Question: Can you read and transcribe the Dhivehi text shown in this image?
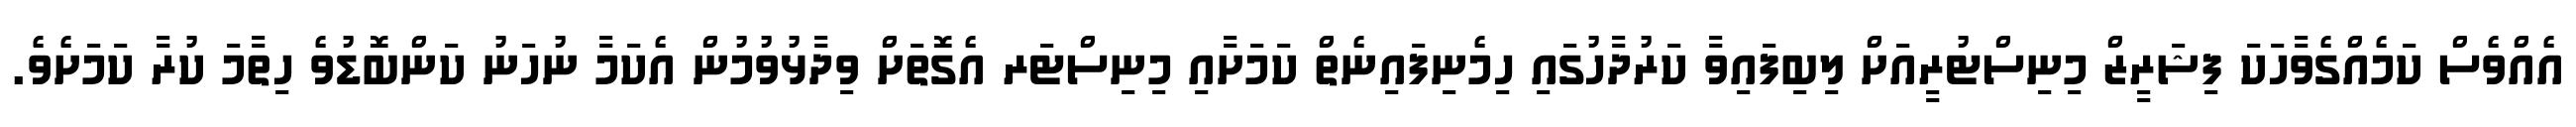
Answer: އެއްވެސް ކަމެއްގެވާހަކަ ފިޝަރީޒް މިނިސްޓުރީއަށް ލިބިފައިވާ ކަރުދާހުގައި ހިމެނިފައިނެތް ކަމަށާއި މިނިސްޓަރ އެގޮތަށް ވިދާޅުވުމުން އެކަމާ ނުހަނު ކަންބޮޑުވެ ހިތާމަ ކުރާ ކަމަށެވެ.